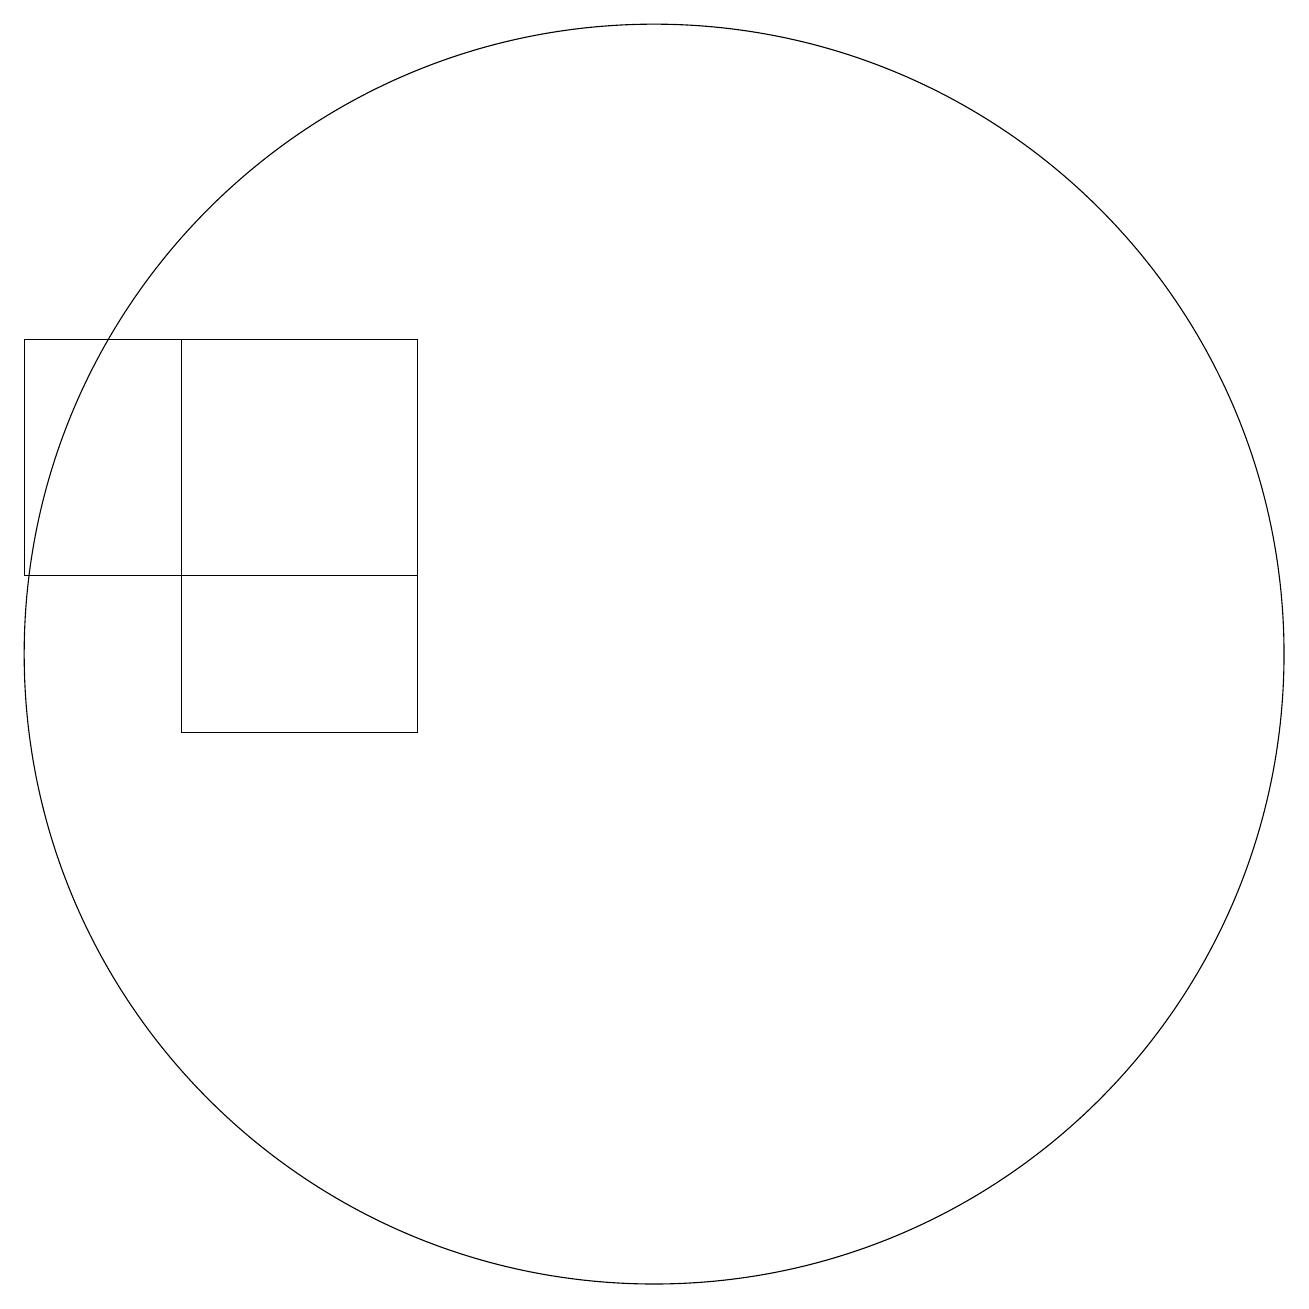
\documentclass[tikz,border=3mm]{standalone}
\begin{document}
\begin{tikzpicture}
\draw (12,11) circle (8);
\draw (4,15) rectangle (9,12);
\draw (6,10) rectangle (9,15);
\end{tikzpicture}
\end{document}